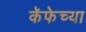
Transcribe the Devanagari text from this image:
कॅफेच्या